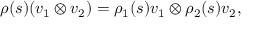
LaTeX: \rho ( s ) ( v _ { 1 } \otimes v _ { 2 } ) = \rho _ { 1 } ( s ) v _ { 1 } \otimes \rho _ { 2 } ( s ) v _ { 2 } ,